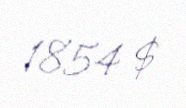
1854 $